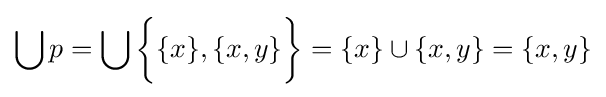
\bigcup p=\bigcup {\bigg \{}\{x\},\{x,y\}{\bigg \}}=\{x\}\cup \{x,y\}=\{x,y\}